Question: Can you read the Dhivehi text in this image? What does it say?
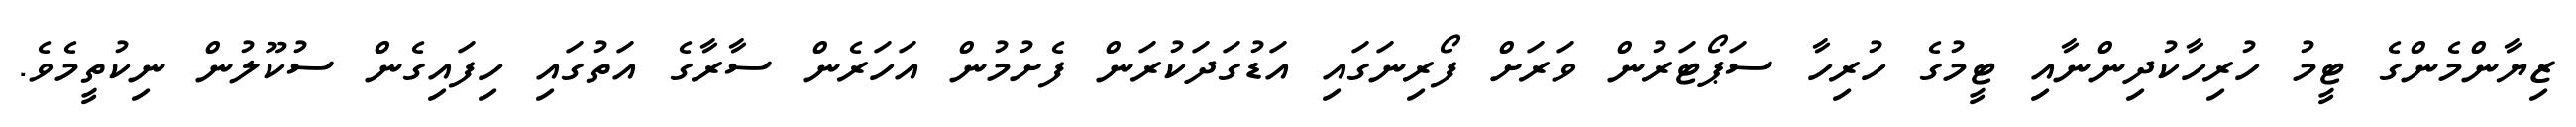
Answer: ޒިޔާންމެންގެ ޓީމު ހުރިހާކުދިންނާއި ޓީމުގެ ހުރިހާ ސަޕޯޓަރުން ވަރަށް ފޯރިނަގައި އަޑުގަދަކުރަން ފެށުމުން އަހަރެން ސާރާގެ އަތުގައި ހިފައިގެން ސުކޫލުން ނިކުތީމެވެ.